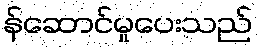
န်ဆောင်မှုပေးသည်